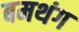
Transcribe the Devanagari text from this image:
बमथंग